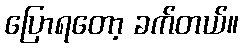
ပြောရတော့ ခက်တယ်။